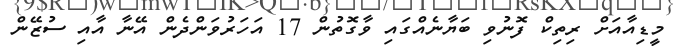
މީޑިއާއަށް ރިތިކް ފޮނުވި ބަޔާނެއްގައި ވާގޮތުން 17 އަހަރުވަންދެން އޭނާ އާއި ސުޒޭން